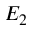
E _ { 2 }